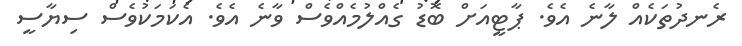
ރެނދުތަކެއް ލާނެ އެވެ. ޕާޓީއަށް ބޮޑު ގެއްލުމެއްވެސް ވާނެ އެވެ. އެކަމަކުވެސް ސިޔާސީ